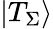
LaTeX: \left|{{T_{\Sigma}}}\right\rangle